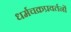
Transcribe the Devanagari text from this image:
धर्मचक्रप्रवर्तनों